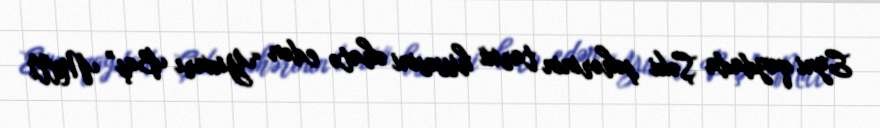
Eyni qaydada Şəki şəhərinin tarixi hissəsini əhatə edən “Yuxarı Baş” Milli